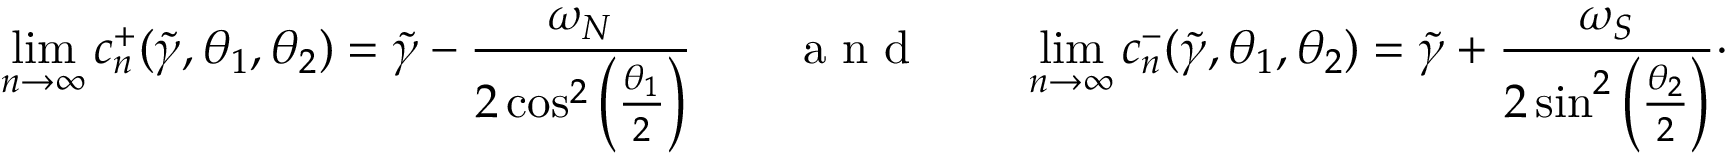
\operatorname* { l i m } _ { n \to \infty } c _ { n } ^ { + } ( \widetilde { \gamma } , \theta _ { 1 } , \theta _ { 2 } ) = \widetilde { \gamma } - \frac { \omega _ { N } } { 2 \cos ^ { 2 } \left( \frac { \theta _ { 1 } } { 2 } \right) } \qquad \textnormal { a n d } \qquad \operatorname* { l i m } _ { n \to \infty } c _ { n } ^ { - } ( \widetilde { \gamma } , \theta _ { 1 } , \theta _ { 2 } ) = \widetilde { \gamma } + \frac { \omega _ { S } } { 2 \sin ^ { 2 } \left( \frac { \theta _ { 2 } } { 2 } \right) } \cdot